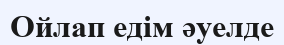
Ойлап едім әуелде